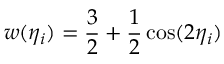
w ( \eta _ { i } ) = \frac { 3 } { 2 } + \frac { 1 } { 2 } \cos ( 2 \eta _ { i } )